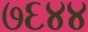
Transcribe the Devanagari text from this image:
७६४४